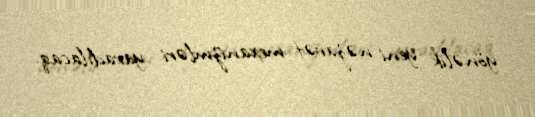
yönəlik yeni nəzarət mexanizmləri yaradılacaq.